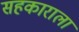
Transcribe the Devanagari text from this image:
सहकाराला